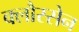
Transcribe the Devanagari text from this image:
क्लौस्सेन